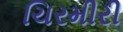
ચિરમીરી